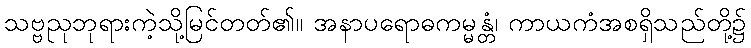
သဗ္ဗညုဘုရားကဲ့သို့မြင်တတ်၏။ အနာပရောဓကမ္မန္တံ၊ ကာယကံအစရှိသည်တို့၌